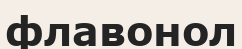
флавонол